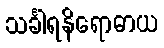
သင်္ခါရနိရောဓာယ